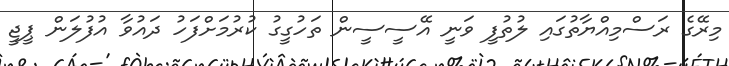
މިރޭގެ ރަސްމިއްޔާތުގައި ލުތުފީ ވަނީ އޭސީސީން ތަހުގީގު ކުރުމަށްފަހު ދައުވާ އުފުލަން ޕީޖީ